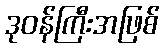
ဒုဝန်ကြီးအဖြစ်